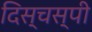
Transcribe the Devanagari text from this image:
दिस्चस्पी